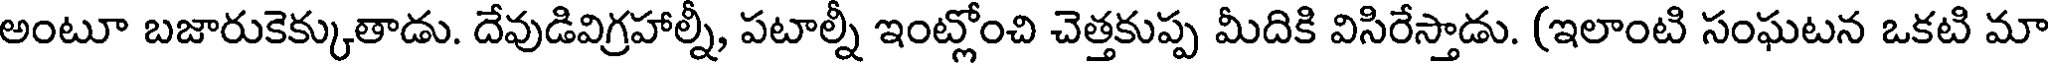
అంటూ బజారుకెక్కుతాడు. దేవుడివిగ్రహాల్నీ, పటాల్నీ ఇంట్లోంచి చెత్తకుప్ప మీదికి విసిరేస్తాడు. (ఇలాంటి సంఘటన ఒకటి మా